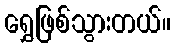
ရွှေဖြစ်သွားတယ်။